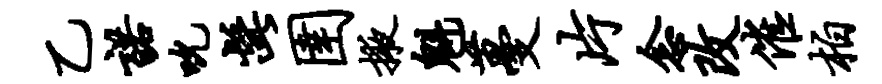
乙诺吮髭圉掖魁蔓片念改催柏